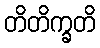
တိတိက္ခတိ